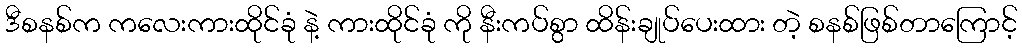
ဒီစနစ်က ကလေးကားထိုင်ခုံ နဲ့ ကားထိုင်ခုံ ကို နီးကပ်စွာ ထိန်းချုပ်ပေးထား တဲ့ စနစ်ဖြစ်တာကြောင့်